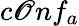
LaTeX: c\mathscr{O}nf_{a}